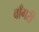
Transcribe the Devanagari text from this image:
वाँगरी